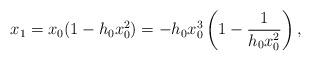
LaTeX: \begin{align*}x_1=x_0(1-h_0x_0^2)=-h_0x_0^3 \left(1-\frac 1{h_0x_0^2} \right),\end{align*}